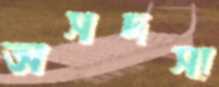
অসদস্য